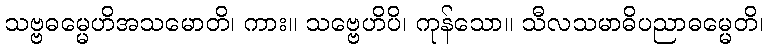
သဗ္ဗဓမ္မေဟိအသမောတိ၊ ကား။ သဗ္ဗေဟိပိ၊ ကုန်သော။ သီလသမာဓိပညာဓမ္မေတိ၊